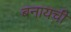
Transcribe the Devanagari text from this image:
बनायची